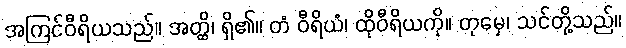
အကြင်ဝီရိယသည်။ အတ္ထိ၊ ရှိ၏။ တံ ဝီရိယံ၊ ထိုဝီရိယကို။ တုမှေ၊ သင်တို့သည်။